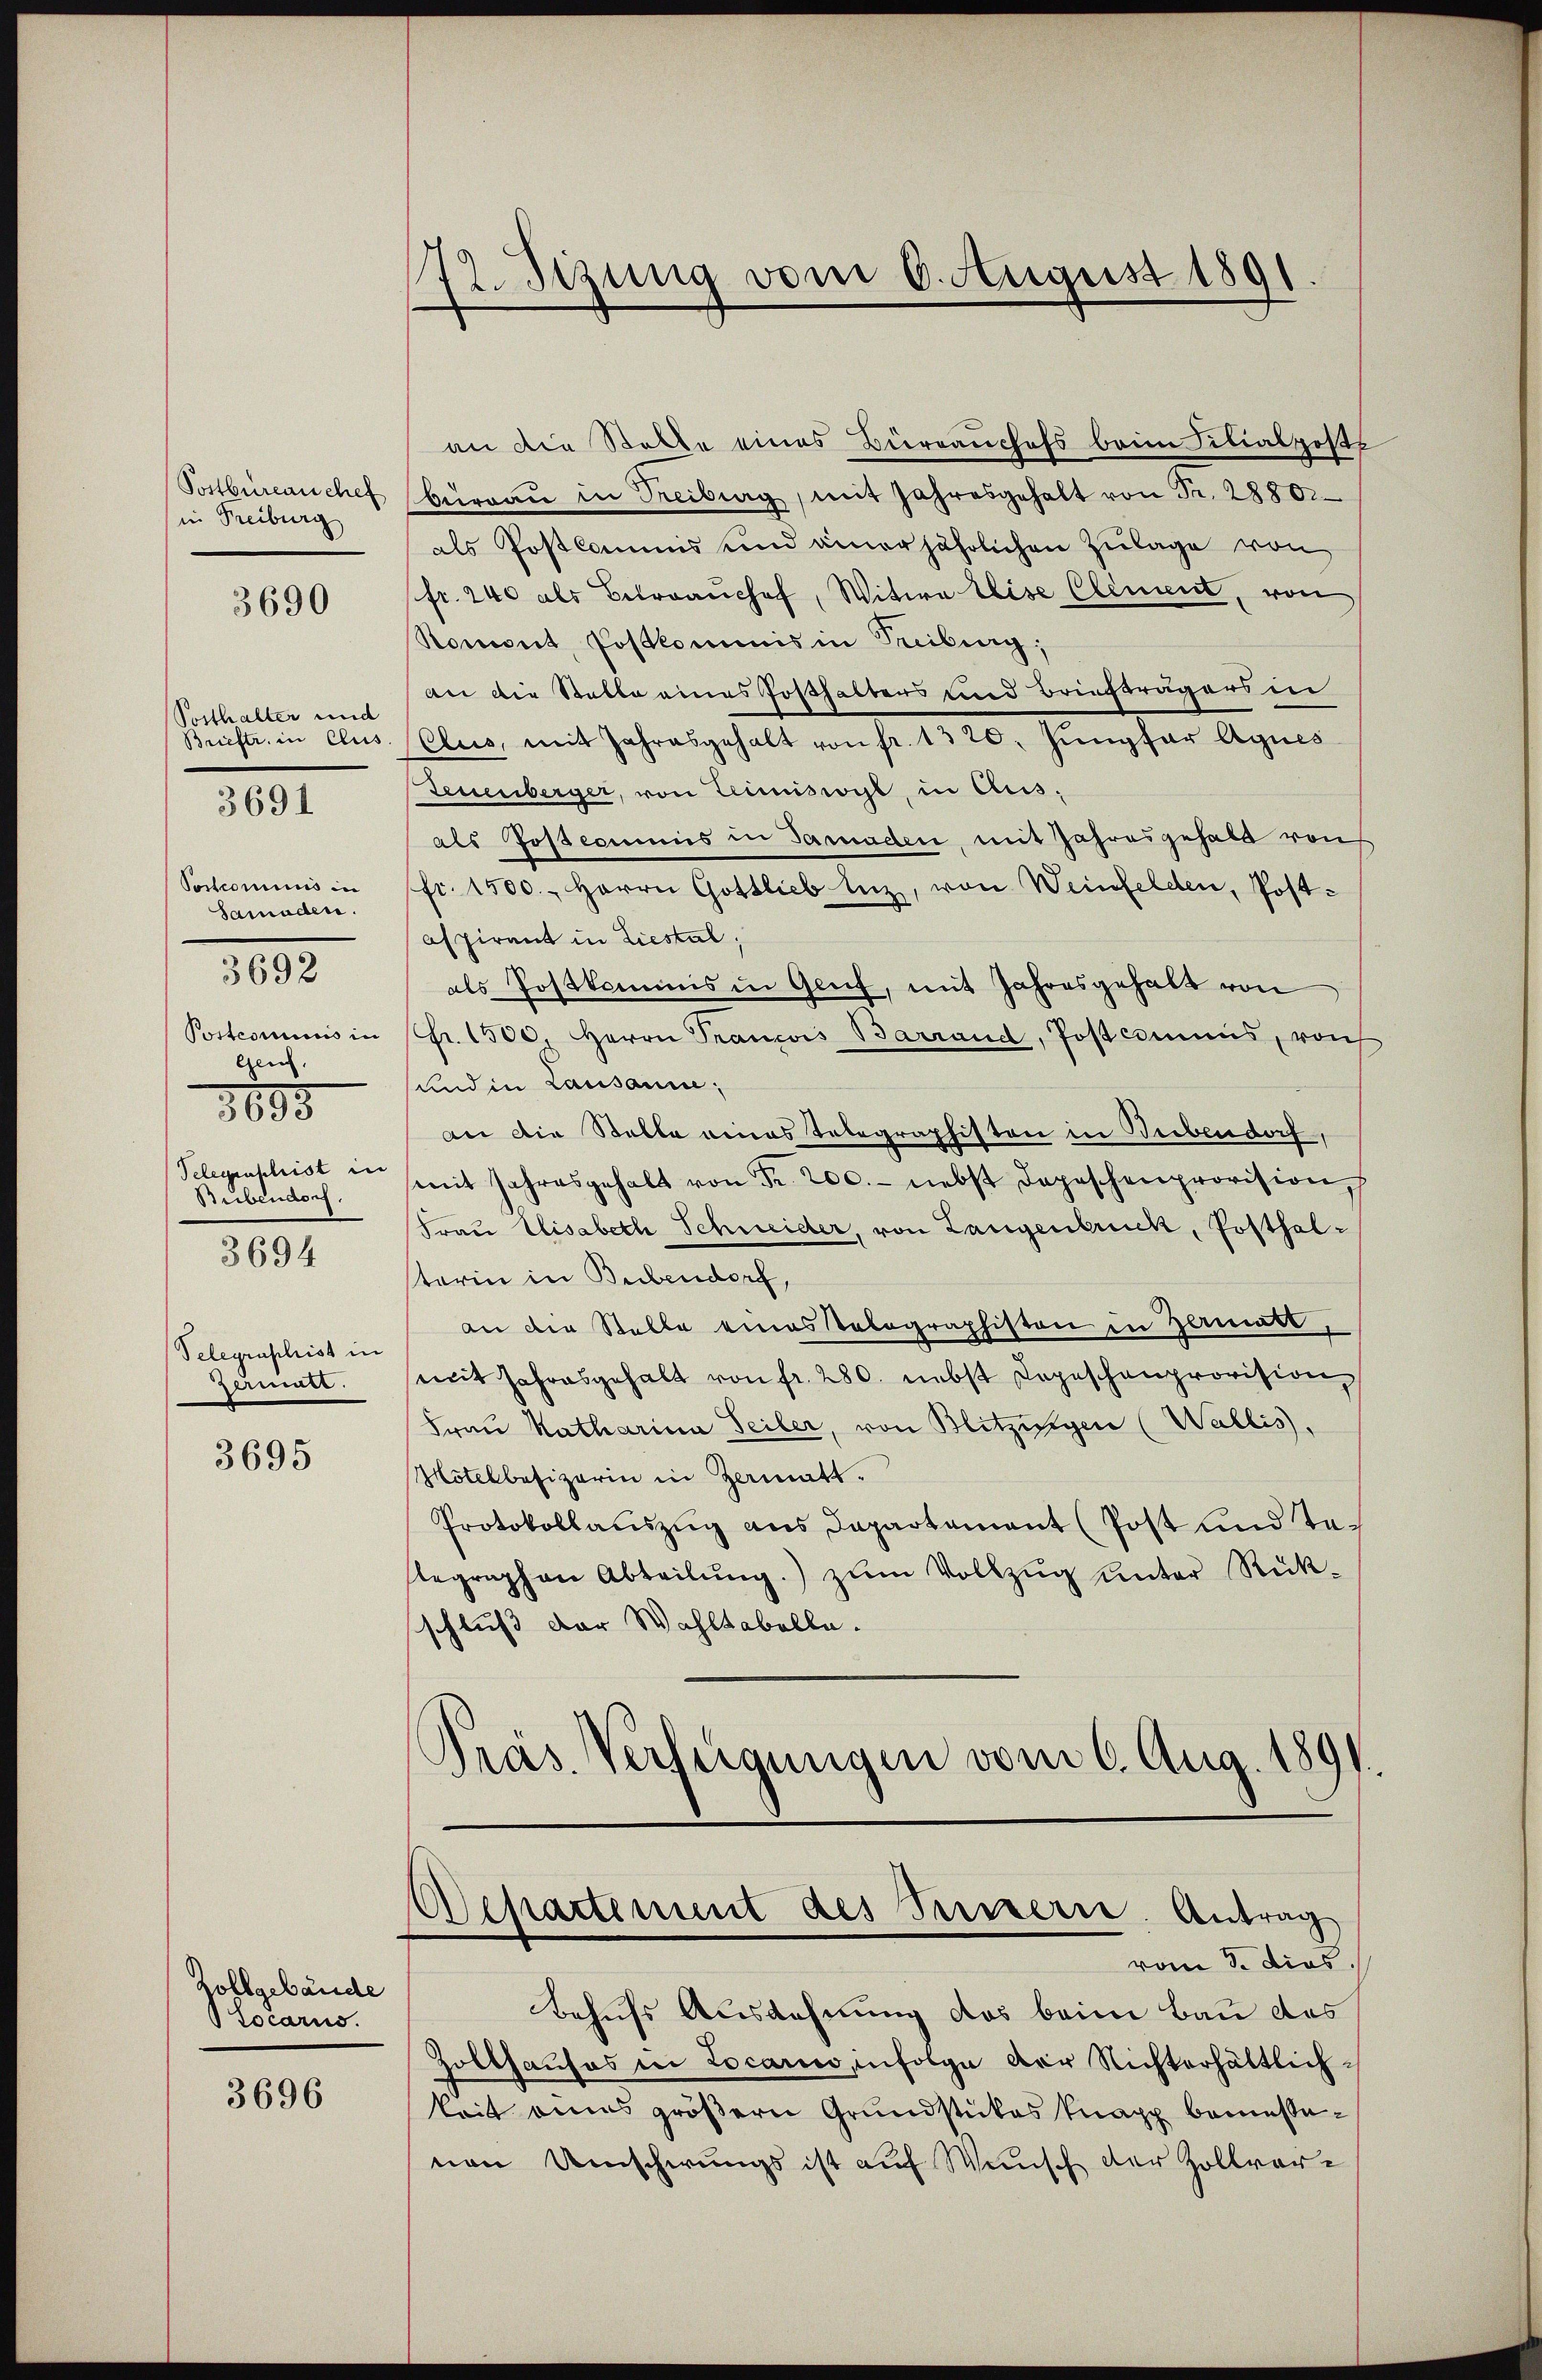
Postbureauchel
in Freiburg

3690

Posthalter und
Brieftr. in Clus
Postcominus in
Samaden.
Postcommis in
Geich.
3895
Telegenschrist in
Stubendorf.
3694

3691

3692

Telegraphist in
Zermale.

3695

Zollgebäude
Locarus.
3696

72. Sizung vom 6. August 1891

Aepartement des Serierte. Antrag
vom 8. dies

an die Stelle eines Bürrauchofs beim Silialposte
büreaŭ in Treiburg, mit Jahresgehalt von Fr. 2880.
als Postbaums und einer jährlichen Zulage von
fr. 240 als Betroanchof, Witwe Elise Clement, von
Roment, Postkommis in Treiburg;
an die Statte eines Posthalters und Briefträgers in
Clus, mit Jahresgehalt von fr. 1320. Jungfer Agnes
Teuenberger, von Zecniswyl, in Aus-
als Postcommis in Paraden, mit Jahresgehalt von
fr. 1500. Herrn Gottlieb inz, von Weinfelden, Postaspirant in Liestal.
als Postkommis in Gluf, mit Jahresgehalt von
r. 1500. Herrn Prancois Barrand, Post commis, von
und in Lausanne,
an die Stelle eines Telegraphisten in Beibendorf,
mit Jahresgehalt von Fr. 200.- nebst Depeschenprovision
Frau Elisabeth Schneider, von Langenbruck, Posthalterin in Bubendorf,
an die Stelle eines kolographiston in Zermatt,
mit Jahresgehalt von fr. 280. nebst Depeschenprovision
Frau Katharina Seiler, von Blitzigen (Wallis,
Hotelbesizerin in Zermatt.
Protokollauszug aus Departement (Post und Talegraphen Abteilung.) zum Vollzug unter Rückschluß der Wahltabelle.
Pras. Verfeigungen vom 6. Aug. 1891.

Behufs Ausdehnung des beim Bau das
Zolthauses in Locario, infolge der Nichterhältlich-
keit eines größern Grundstückes knapp bemessenen Umschwungs ist auf Wunsch der Zollvor¬